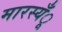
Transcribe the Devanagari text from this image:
मारस्यँू